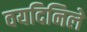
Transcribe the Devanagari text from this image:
वयदिनिले